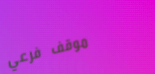
موقف فرعي